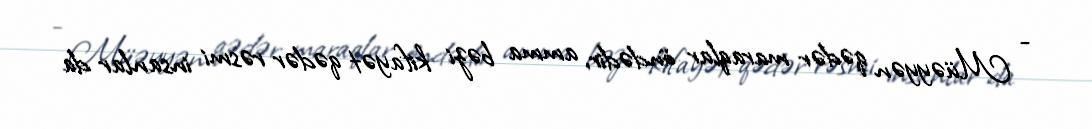
- Müəyyən qədər maraqlar öndədir, amma bəzi kifayət qədər rəsmi insanlar da